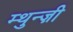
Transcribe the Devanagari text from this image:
म्थुन्ज़ी